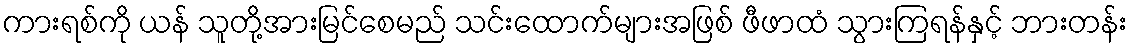
ကားရစ်ကို ယန် သူတို့အားမြင်စေမည် သင်းထောက်များအဖြစ် ဖီဖာထံ သွားကြရန်နှင့် ဘားတန်း